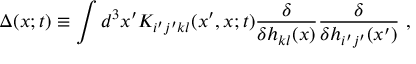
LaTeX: \Delta ( x ; t ) \equiv \int d ^ { 3 } x ^ { \prime } K _ { i ^ { \prime } j ^ { \prime } k l } ( x ^ { \prime } , x ; t ) \frac { \delta } { \delta h _ { k l } ( x ) } \frac { \delta } { \delta h _ { i ^ { \prime } j ^ { \prime } } ( x ^ { \prime } ) } \ ,